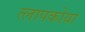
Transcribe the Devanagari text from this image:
त्लापकोया